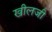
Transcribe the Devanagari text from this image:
खीलजी